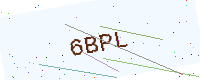
Text: 6BPL